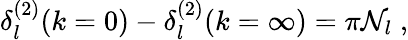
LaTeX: \delta_{l}^{(2)}(k=0)-\delta_{l}^{(2)}(k=\infty)=\pi{\mathcal N}_{l}\; ,